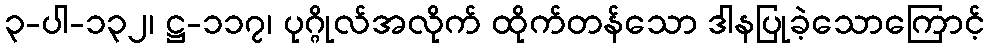
၃-ပါ-၁၃၂၊ ဋ္ဌ-၁၁၇၊ ပုဂ္ဂိုလ်အလိုက် ထိုက်တန်သော ဒါနပြုခဲ့သောကြောင့်